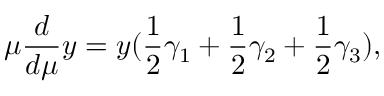
\mu \frac { d } { d \mu } y = y ( \frac 1 2 \gamma _ { 1 } + \frac 1 2 \gamma _ { 2 } + \frac 1 2 \gamma _ { 3 } ) ,